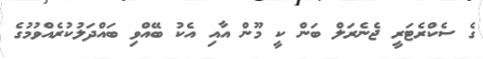
ގެ ސެކްރެޓަރީ ޖެނެރަލް ބަން ކީ މޫން އާއި އެކު ބޭއްވި ބައްދަލުކުރެއްވުމުގެ